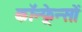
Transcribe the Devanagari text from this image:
कॉन्फ़्रेन्सों